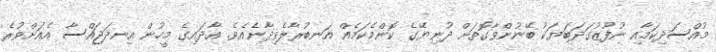
މުއްސަދިކަމާއި ނުފޫޒުގަދަބަޔަކު ބޭނުންވާގޮތަށް ދުނިޔޭގެ ކޮންމެކަމެއް އަނބުރާލެވިދާނެއެވެ. އާދައިގެ މީހުން އިނދަޖައްސާ އެއަށްވުރެ